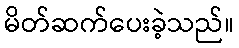
မိတ်ဆက်ပေးခဲ့သည်။